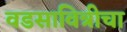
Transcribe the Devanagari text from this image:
वडसावित्रीचा